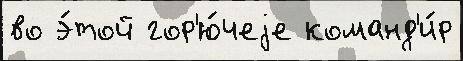
во э́той гор'ю́чеjе команд'и́р